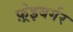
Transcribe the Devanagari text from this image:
फ़्रेइबर्गर